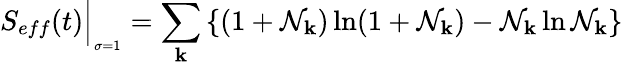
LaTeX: S_{eff}(t)\Big\vert_{_{\sigma=1}}=\sum_{\mathbf k}\left\{ (1+{\cal N}_{\mathbf k})\ln(1+{\cal N}_{\mathbf k})-{\cal N}_{\mathbf k}\ln{\cal N}_{\mathbf k}\right\}